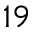
^ { 1 9 }